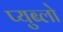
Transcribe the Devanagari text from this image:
प्युब्लो